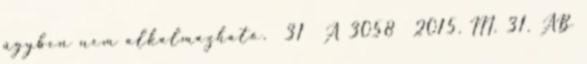
ügyben nem alkalmazható. 31 A 3058 2015. III. 31. AB